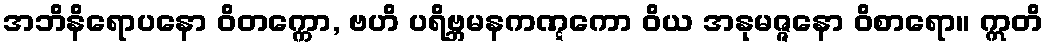
အဘိနိရောပနော ဝိတက္ကော, ဗဟိ ပရိဗ္ဘမနကဏ္ဋကော ဝိယ အနုမဇ္ဇနော ဝိစာရော။ ဣတိ